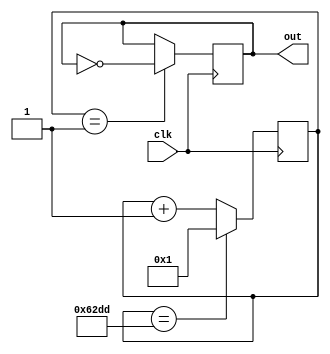
module B (clk, out);
	input clk;
	output out;
	
reg[15:0] clkDivider = 25309;
reg[15:0] counter;

always @(posedge clk)
	if(counter == clkDivider)
		counter <= 1;
	else counter <= counter + 1;
	
reg out;
always @(posedge clk)
	if(counter == 1)
		out <= ~out;

endmodule